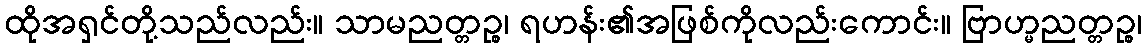
ထိုအရှင်တို့သည်လည်း။ သာမညတ္တဉ္စ၊ ရဟန်း၏အဖြစ်ကိုလည်းကောင်း။ ဗြာဟ္မညတ္တဉ္စ၊